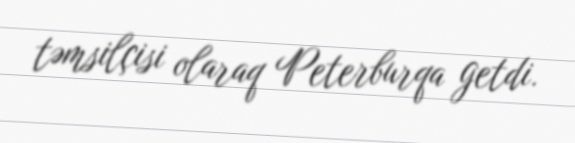
təmsilçisi olaraq Peterburqa getdi.